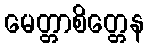
မေတ္တာစိတ္တေန